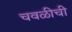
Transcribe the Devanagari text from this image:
चवळीची